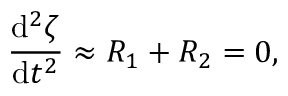
\frac { \mathrm { d } ^ { 2 } \zeta } { \mathrm { d } t ^ { 2 } } \approx R _ { 1 } + R _ { 2 } = 0 ,